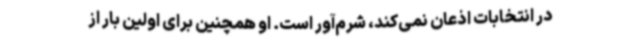
در انتخابات اذعان نمی‌کند، شرم‌آور است. او همچنین برای اولین بار از